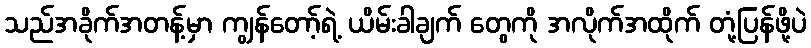
သည်အခိုက်အတန့်မှာ ကျွန်တော့်ရဲ့ ယိမ်းခါချက် တွေကို အလိုက်အထိုက် တုံ့ပြန်ဖို့ပဲ